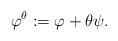
LaTeX: \begin{align*}\varphi^{\theta} := \varphi + \theta \psi.\end{align*}